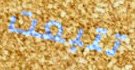
تتبعت